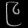
Digit: ၉